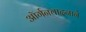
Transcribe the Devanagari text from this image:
ऑर्गनवादनाने